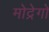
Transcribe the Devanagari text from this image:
मोद्रेगो